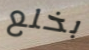
بخلع